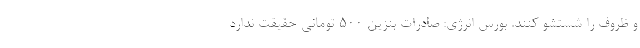
و ظروف را شستشو کنند. بورس انرژی: صادرات بنزین ۵۰۰ تومانی حقیقت ندارد